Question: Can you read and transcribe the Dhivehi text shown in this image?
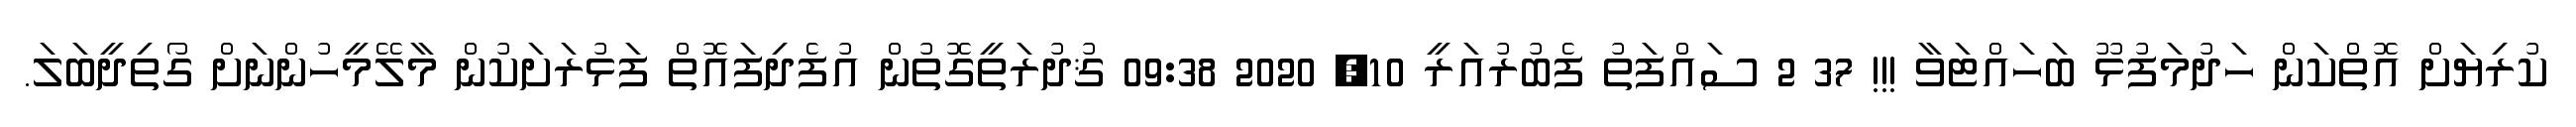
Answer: ކުރިޔަށް އޮތްކަން ހަދުމަފުޅޫ ބަހައްޓަވާ !!! 37 2 ސައްފަތު ފެބުރުއަރީ 10, 2020 09:38 ޤުދުރަތީގޮތުން އުފެދިފައޮތް ފަޅުރަށަކުން މާލޭމީހުންނަށް ގޯތިދީބަލަ.